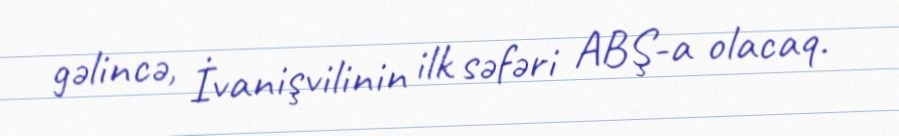
gəlincə, İvanişvilinin ilk səfəri ABŞ-a olacaq.